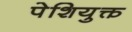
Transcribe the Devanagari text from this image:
पेशियुक्त